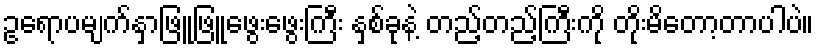
ဥရောပမျက်နှာဖြူဖြူဖွေးဖွေးကြီး နှစ်ခုနဲ့ တည့်တည့်ကြီးကို တိုးမိတော့တာပါပဲ။